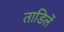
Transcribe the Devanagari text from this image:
ताडिलें